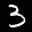
Label: 3